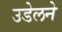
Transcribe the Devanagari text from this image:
उडेलने